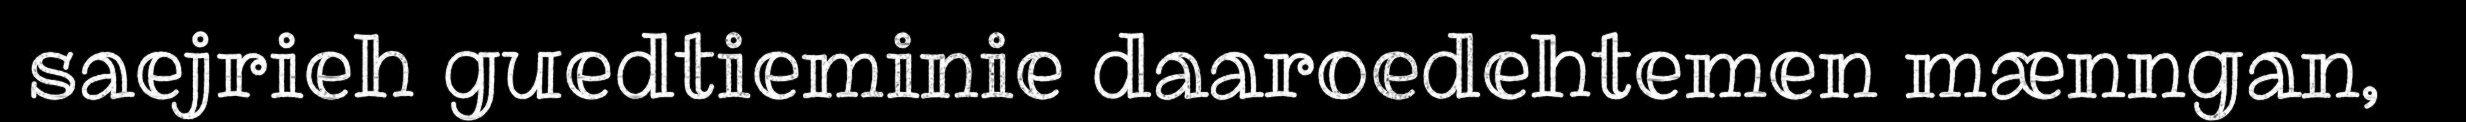
saejrieh guedtieminie daaroedehtemen mænngan,